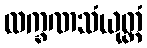
လက္ခဏသံယုတ္တံ